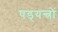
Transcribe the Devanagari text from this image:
षड्‍यन्त्रों